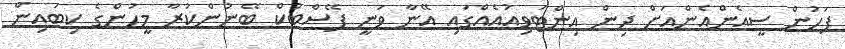
ފަހުން ސީއެންއެންއަށް ދިން އިންޓަވިއުއެއްގައި އޭނާ ވަނީ ފޭސްބުކް ބޭނުންކުރާ މީހުންގެ ކިބައިން